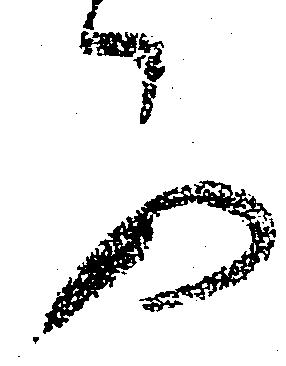
可